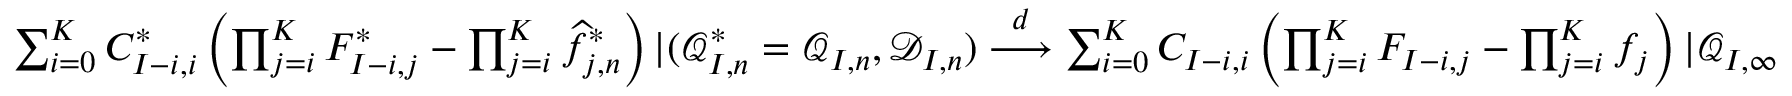
\begin{array} { r } { \sum _ { i = 0 } ^ { K } C _ { I - i , i } ^ { * } \left( \prod _ { j = i } ^ { K } F _ { I - i , j } ^ { * } - \prod _ { j = i } ^ { K } \widehat f _ { j , n } ^ { * } \right) | ( \mathcal { Q } _ { I , n } ^ { * } = \mathcal { Q } _ { I , n } , \mathcal { D } _ { I , n } ) \overset { d } { \longrightarrow } \sum _ { i = 0 } ^ { K } C _ { I - i , i } \left( \prod _ { j = i } ^ { K } F _ { I - i , j } - \prod _ { j = i } ^ { K } f _ { j } \right) | \mathcal { Q } _ { I , \infty } } \end{array}